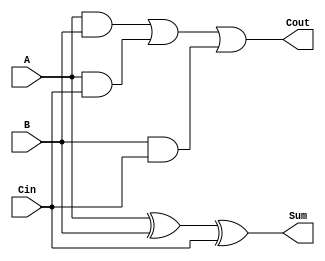
`timescale 1ns / 1ps

module FA( A, B, Cin, Sum, Cout );
    // Define input and output signals 
    input A;
    input B; 
    input Cin;
    output Sum;
    output Cout;
    
    // Definal module behavior 
    assign Sum = A ^ B ^ Cin;
    assign Cout = (A & B) | (A & Cin) | (B & Cin); 

endmodule


module FA4( A, B, Cin, Sum, Cout );
    // Define input and output signals 
    input [3:0] A;
    input [3:0] B; 
    input Cin;
    output [3:0] Sum;
    output Cout;
    
    wire c0, c1, c2; 
    
    FA fa0(.A(A[0]), .B(B[0]), .Cin(Cin), .Sum(Sum[0]), .Cout(c0));
    FA fa1(.A(A[1]), .B(B[1]), .Cin(c0), .Sum(Sum[1]), .Cout(c1));
    FA fa2(.A(A[2]), .B(B[2]), .Cin(c1), .Sum(Sum[2]), .Cout(c2));
    FA fa3(.A(A[3]), .B(B[3]), .Cin(c2), .Sum(Sum[3]), .Cout(Cout));
    
endmodule